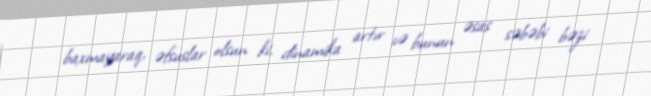
baxmayaraq, əfsuslar olsun ki, dinamika artır və bunun əsas səbəbi bəzi